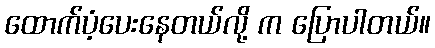
ထောက်ပံ့ပေးနေတယ်လို့ က ပြောပါတယ်။